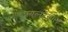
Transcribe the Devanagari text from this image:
प्रयत्‍नदेखील